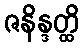
ဇနိန္ဒတ္ထိ